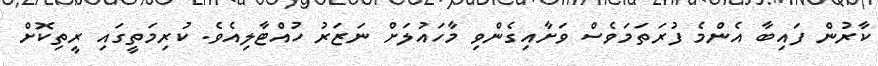
ކާރުން ފައިބާ އެންމެ ފުރަތަމަވެސް ވަށާއިގެންވި މާހައުލަށް ނަޒަރު ހުއްޓާލިއެވެ. ކުރިމަތީގައި ރީތިކޮށް